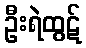
ဦးရဲထွဋ်